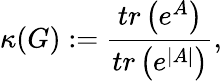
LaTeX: \kappa(G):=\frac{tr\left(e^{A}\right)}{tr\left(e^{\left|A\right|}\right)},